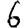
Digit: 6